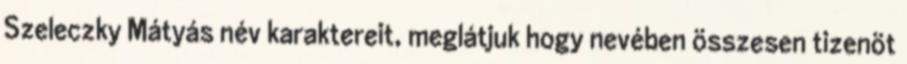
Szeleczky Mátyás név karaktereit, meglátjuk hogy nevében összesen tizenöt